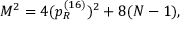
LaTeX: M ^ { 2 } = 4 ( p _ { R } ^ { ( 1 6 ) } ) ^ { 2 } + 8 ( N - 1 ) ,